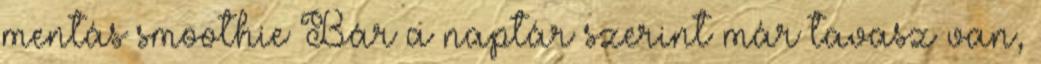
mentás smoothie Bár a naptár szerint már tavasz van,